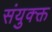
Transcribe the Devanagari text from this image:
संयुक्क्त